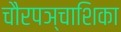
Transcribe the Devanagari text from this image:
चौरपञ्चाशिका